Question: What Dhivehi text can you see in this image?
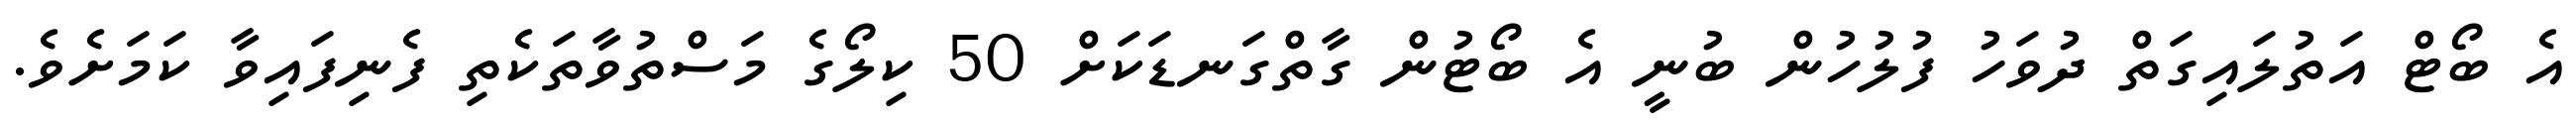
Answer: އެ ބޯޓް އަތުލައިގަތް ދުވަހު ފުލުހުން ބުނީ އެ ބޯޓުން ގާތްގަނޑަކަށް 50 ކިލޯގެ މަސްތުވާތަކެތި ފެނިފައިވާ ކަމަށެވެ.